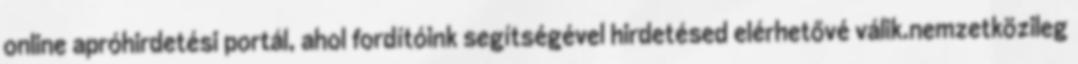
online apróhirdetési portál, ahol fordítóink segítségével hirdetésed elérhetővé válik.nemzetközileg